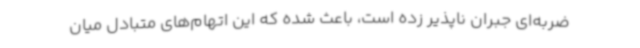
ضربه‌ای جبران ناپذیر زده است، باعث شده که این اتهام‌های متبادل میان